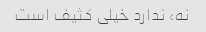
نه، ندارد خیلی کثیف است